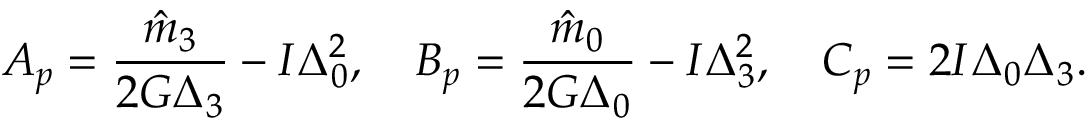
A _ { p } = \frac { \hat { m } _ { 3 } } { 2 G \Delta _ { 3 } } - I \Delta _ { 0 } ^ { 2 } , \quad B _ { p } = \frac { \hat { m } _ { 0 } } { 2 G \Delta _ { 0 } } - I \Delta _ { 3 } ^ { 2 } , \quad C _ { p } = 2 I \Delta _ { 0 } \Delta _ { 3 } .